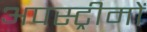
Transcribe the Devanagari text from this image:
अपस्ट्रीमों